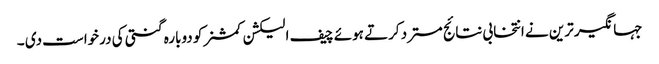
جہانگیر ترین نے انتخابی نتائج مسترد کرتے ہوئے چیف الیکشن کمشنر کو دوبارہ گنتی کی درخواست دی ۔